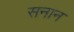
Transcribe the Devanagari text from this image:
सनान